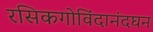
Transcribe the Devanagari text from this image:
रसिकगोविंदानंदघन